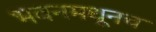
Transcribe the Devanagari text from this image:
भवनमधूनच